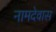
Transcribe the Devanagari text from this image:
नामदेवास